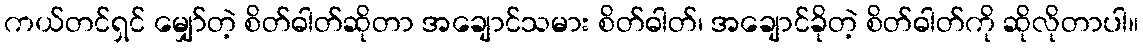
ကယ်တင်ရှင် မျှော်တဲ့ စိတ်ဓါတ်ဆိုတာ အချောင်သမား စိတ်ဓါတ်၊ အချောင်ခိုတဲ့ စိတ်ဓါတ်ကို ဆိုလိုတာပါ။